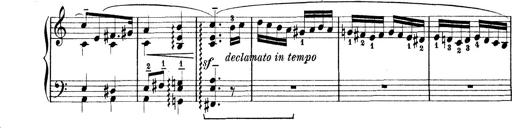
Title: Rapsodie: 19 ungheresi, 1 spagnuola
Composer: Franz Liszt